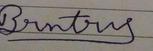
Signature authenticity: forged